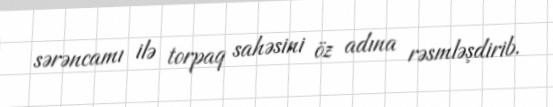
sərəncamı ilə torpaq sahəsini öz adına rəsmləşdirib.